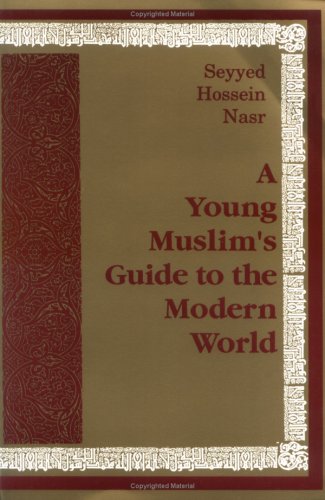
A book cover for A Young Muslim's Guide to the Modern World; Seyyed Hossein Nasr; Teen & Young Adult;